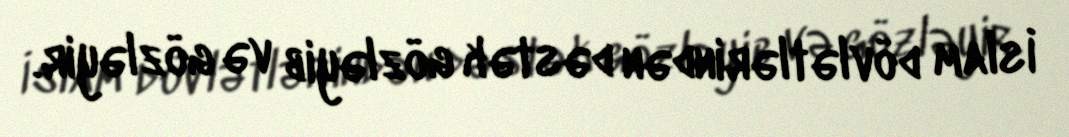
İslam dövlətlərindən dəstək gözləyib və gözləyir.